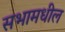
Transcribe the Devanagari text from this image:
सभामधील